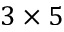
3 \times 5